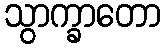
သွာက္ခာတော